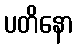
ပတိနော